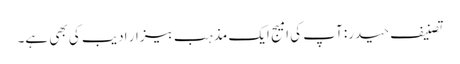
تصنیف حیدر: آپ کی امیج ایک مذہب بیزار ادیب کی بھی ہے۔